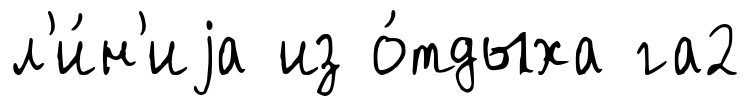
л'и́н'иjа из о́тдыха га2